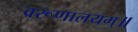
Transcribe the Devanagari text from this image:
वरूणालयम्॥